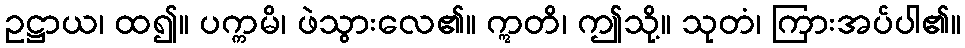
ဥဋ္ဌာယ၊ ထ၍။ ပက္ကမိ၊ ဖဲသွားလေ၏။ ဣတိ၊ ဤသို့။ သုတံ၊ ကြားအပ်ပါ၏။